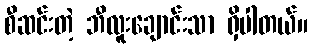
စီဆင်းတဲ့ ဘီလူးချောင်းသာ ရှိပါတယ်။